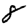
Digit: 8